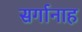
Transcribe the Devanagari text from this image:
सर्गानाह